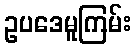
ဥပဒေမူကြမ်း